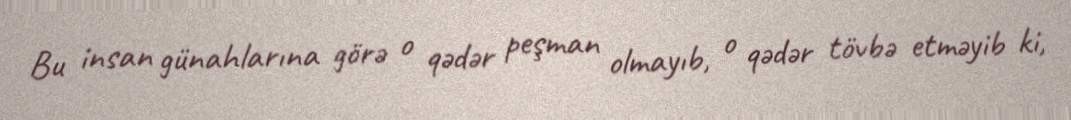
Bu insan günahlarına görə o qədər peşman olmayıb, o qədər tövbə etməyib ki,